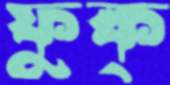
ফুক্‌